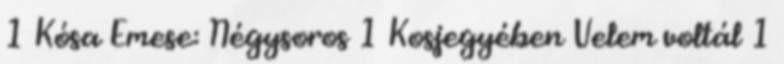
1 Kósa Emese: Négysoros 1 Kosjegyében Velem voltál 1